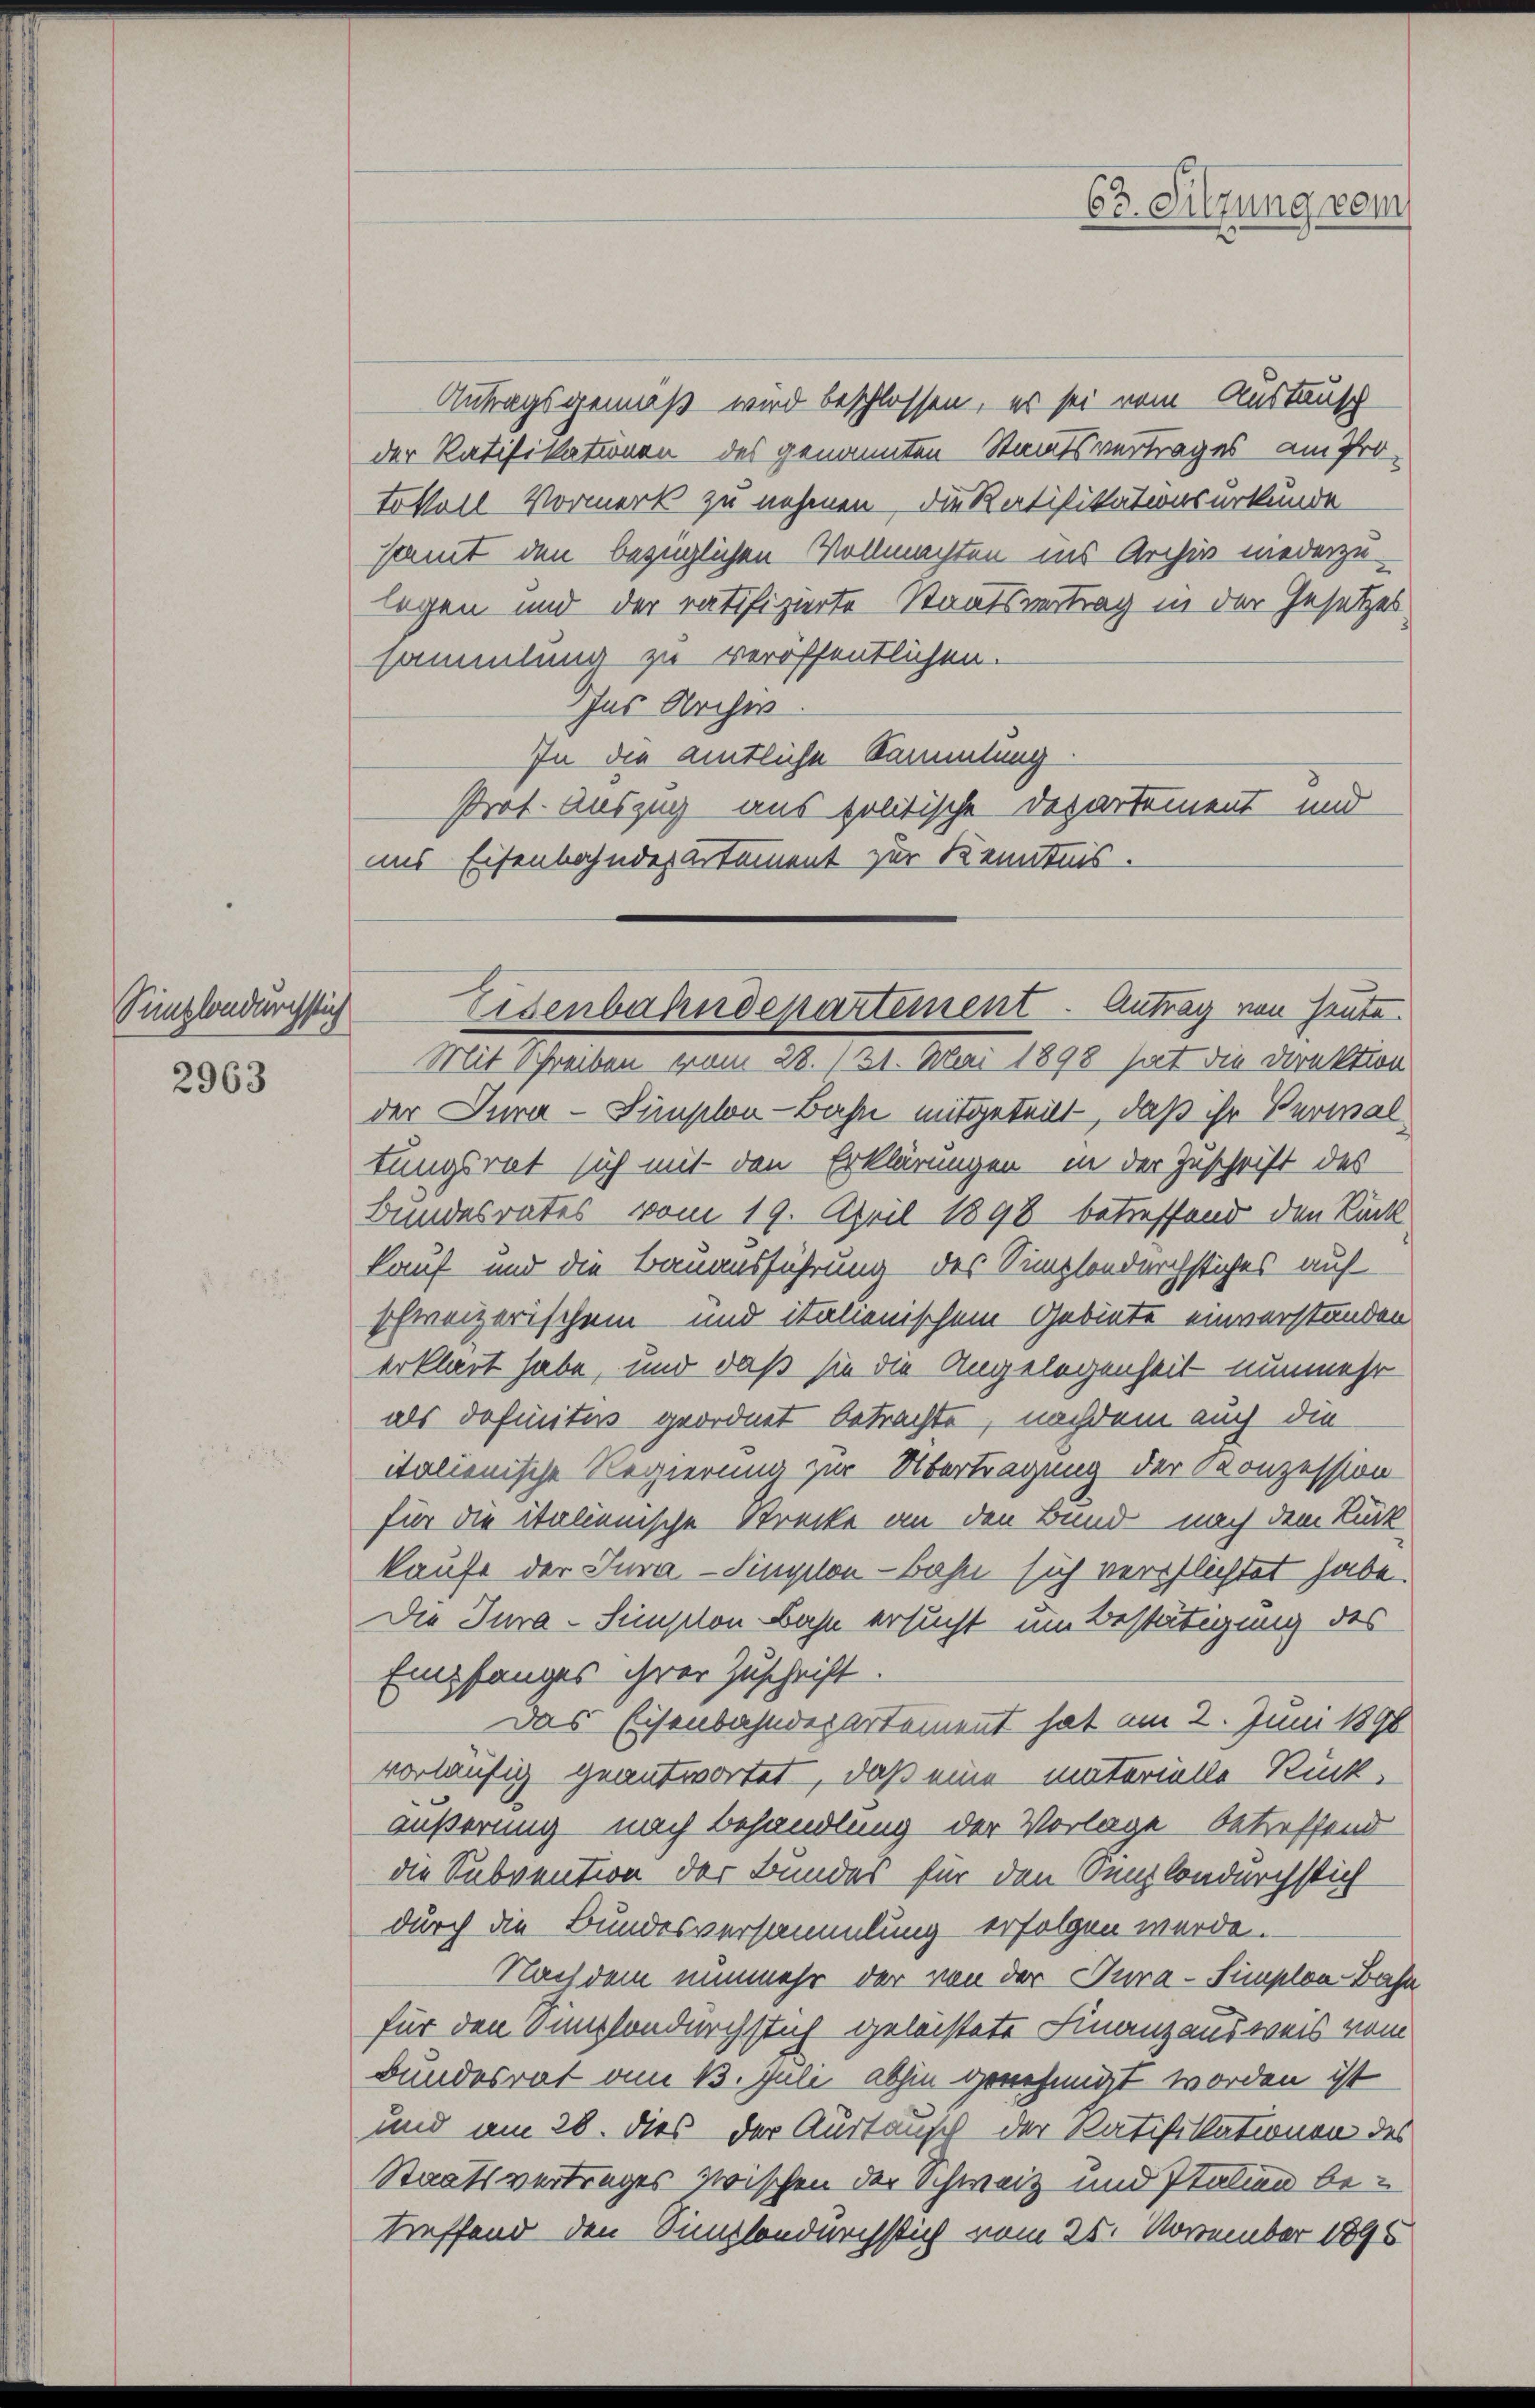
Simplondurc

2963

lich

Antragsgemäß wird beschlossen, es sei vom Austausch
der Ratifikationen des genannten Staatsvertrages am Prototsoll Vormerk zu nehmen, die Ratifikationsurkunde
samt den bezüglichen Vollmachten ins Archiv niederzulegen und der ratifizierte Staatsvertrag in der Gesetzes
sammlung zu veröffentlichen.
Ins Archis
In die amtliche Sammlung
Prof. Auszug aus politische Departement und
uns Eisenbahndepartement zur Kenntnis.

63. Sitzung vom

Eisenbahndepartement - Antrag von heute.

Mit Schreiben vom 28./21. Mai 1898 hat die Direktion
der Jura-Simplon-Bahn mitgeteilt, daß ihr Verwaltungsrat sich mit den Erklärungen in der Zuschrift des
Bundesrates vom 19. April 1898 betreffend den Rück
kauf und die Bauausführung des Simplondurchstiches auf
schweizerischen und italienischem Gebiete einverstanden.
erklärt habe, und daß sie die Angelegenheit nunmehr
als Definitus geordnet betrachte, nachdem auch die
italienische Regierung zur Übertragung der Konzession
für die italienische Strecke an den Bund nach dem Rück
kaufe der Jura-Singelon - bahn sich verpflichtet habe.
Die Jura-Simplon Bahn ersucht um Bestätigung des
Empfanges ihrer Zuschrift.
Das Eisenbahndepartement hat am 2. Juni 1890
vorläufig geantwortet, daß eine materielle Rückäußerung nach Behandlung der Vorlage betreffend
die Subvention der Bundes für den Senzlondurchstich
durch die Bundesversammlung erfolgen werde.
Nachdem nunmehr der von der Tura-Simplon Bahn
für den Simplondurchstich geleistete Finanzausweis vom
Bundesrat am 13. Juli abhin genehmigt worden ist
und am 28. dies der Austaufs der Ratifikationen des
Staatsvertrages zwischen der Schweiz und Italien betreffend den Simplondurchsich vom 25. November 1895